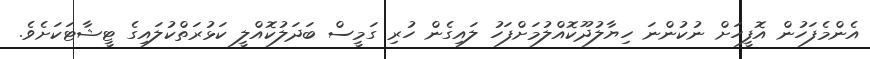
އެންމެފަހުން އޮފީހަށް ނުކުންނަ ހިޔާލުދޫކޮއްލުމަށްފަހު ލައިގެން ހުރި ގަމީސް ބަދަލުކޮއްލީ ކަޅުރަތްކުލައިގެ ޓީޝާޓަކަށެވެ.